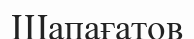
Шапағатов